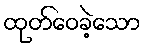
ထုတ်ဝေခဲ့သော